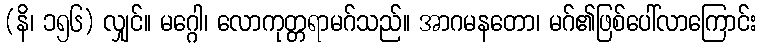
(နိ၊ ၁၅၆) လျှင်။ မဂ္ဂေါ၊ လောကုတ္တရာမဂ်သည်။ အာဂမနတော၊ မဂ်၏ဖြစ်ပေါ်လာကြောင်း